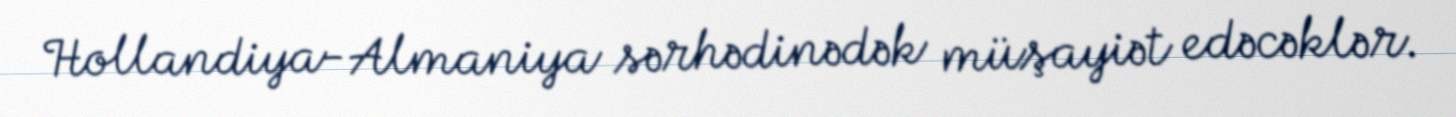
Hollandiya-Almaniya sərhədinədək müşayiət edəcəklər.